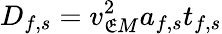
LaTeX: D_{f,s}=v_{\mathfrak{E}M}^{2}a_{f,s}t_{f,s}